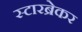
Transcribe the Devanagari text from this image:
स्टारब्रेकर